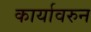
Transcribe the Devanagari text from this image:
कार्यावरुन